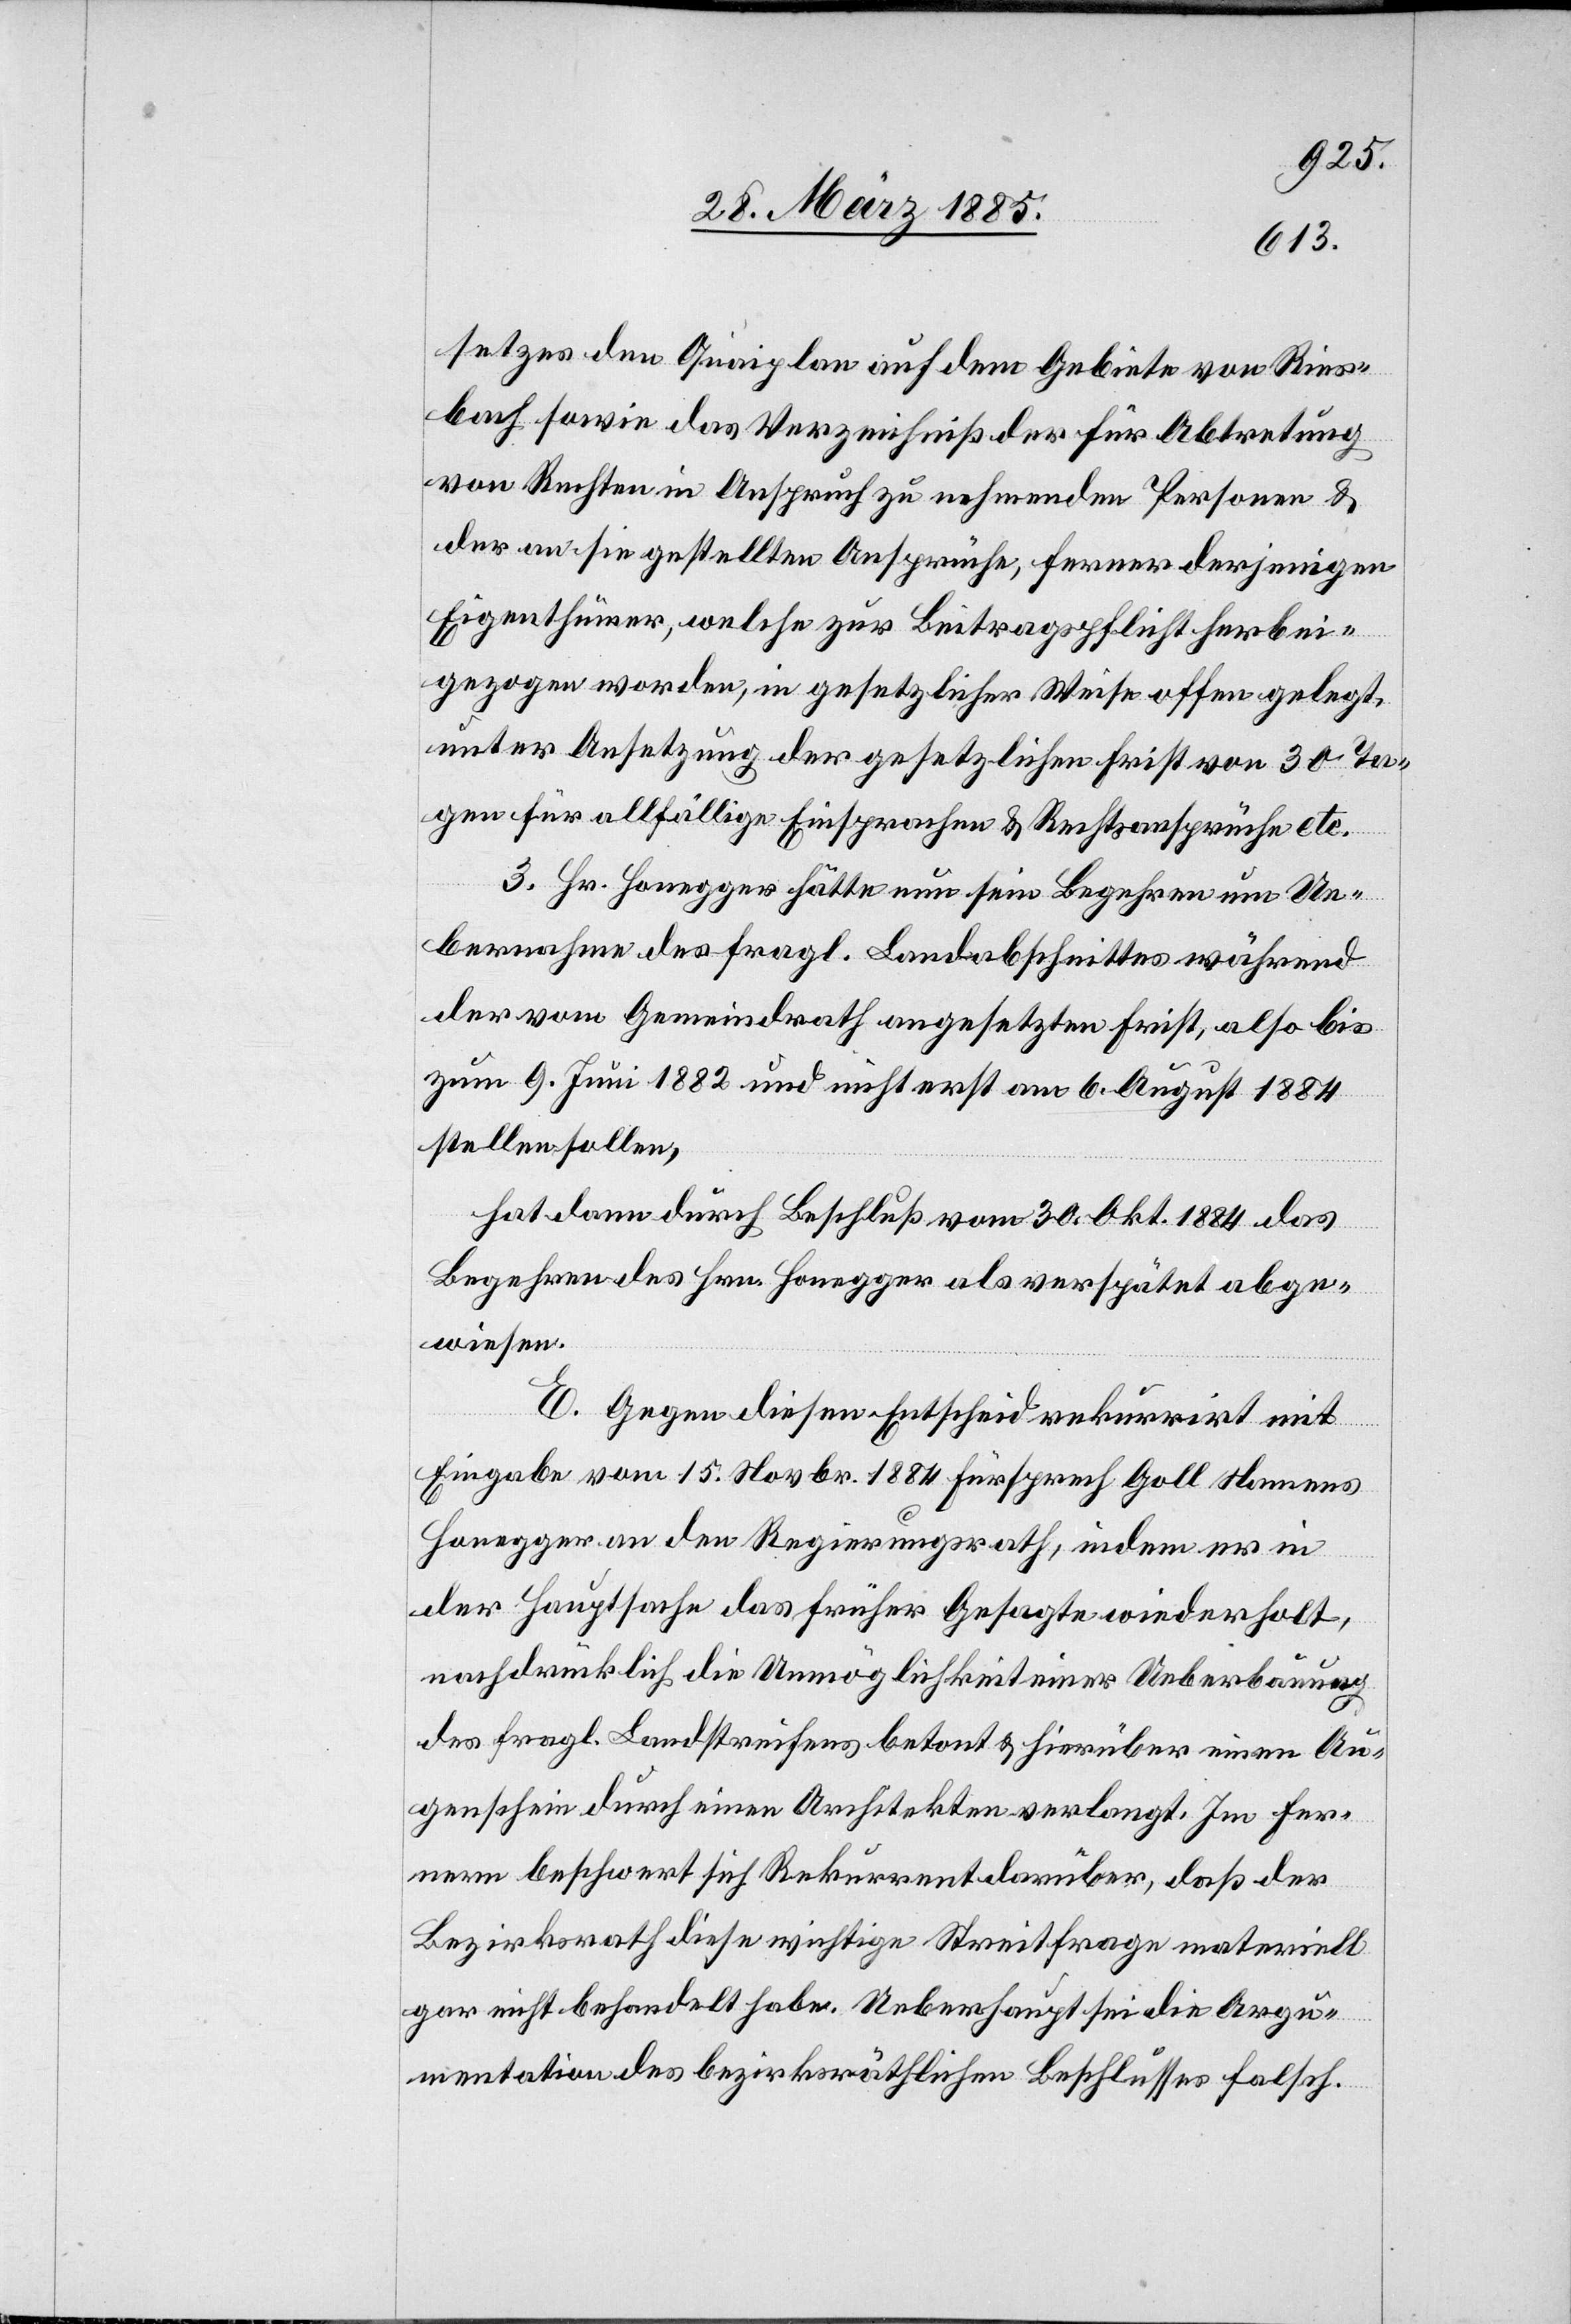
setzes den Quaiplan auf dem Gebiete von Ries¬
bach sowie das Verzeichniß der für Abtretung
von Rechten in Anspruch zu nehmenden Personen &
der an sie gestellten Ansprüche, ferner derjenigen
Eigenthümer, welche zur Beitragspflicht herbei¬
gezogen worden, in gesetzlicher Weise offen gelegt,
unter Ansetzung der gesetzlichen Frist von 30 Ta¬
gen für allfällige Einsprachen & Rechtsansprüche etc.
3. Hr. Honegger hätte nun sein Begehren um Ue¬
bernahme des fragl. Landabschnittes während
der vom Gemeindrath angesetzten Frist, also bis
zum 9. Juni 1882 und nicht erst am 6. August 1884
stellen sollen,
hat dann durch Beschluß vom 30. Okt. 1884 das
Begehren des Honegger als verspätet abge¬
wiesen.
E. Gegen diesen Entscheid rekurrirt mit
Eingabe vom 15. Novbr. 1884 Fürsprech Goll Namens
Honegger an den Regierungsrath, indem er in
der Hauptsache das früher Gesagte wiederholt,
nachdrücklich die Unmöglichkeit einer Ueberbauung
des fragl. Landstreifens betont & hierüber einen Au¬
genschein durch einen Architekten verlangt. Im Fer¬
nern beschwert sich Rekurrent darüber, daß der
Bezirksrath diese wichtige Streitfrage materiell
gar nicht behandelt habe. Ueberhaupt sei die Argu¬
mentation des bezirksräthlichen Beschlusses falsch.